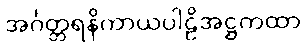
အင်္ဂတ္တရနိကာယပါဠိအဋ္ဌကထာ